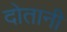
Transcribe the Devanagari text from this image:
दोतानी